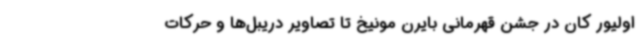
اولیور کان در جشن قهرمانی بایرن‌ مونیخ تا تصاویر دریبل‌ها و حرکات